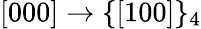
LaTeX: [000]\rightarrow\{ [100]\} _{4}